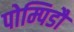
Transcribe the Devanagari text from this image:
पोम्पिडौ